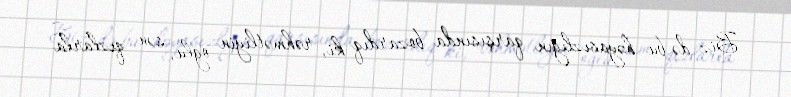
Biz də bu həyasızlığın qarşısında bozardıq ki, rəhmətliyin oğlu, sən qızlarla